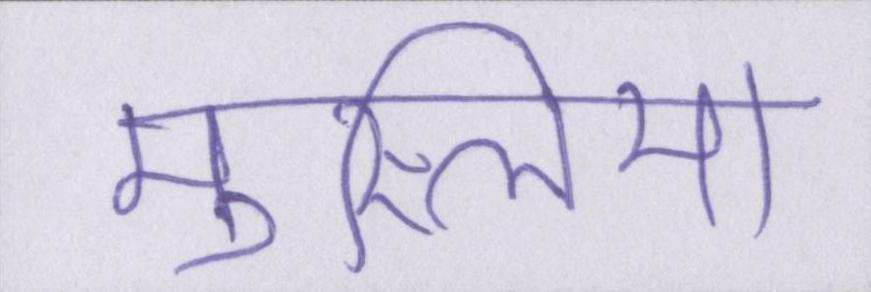
मुस्लिमों